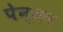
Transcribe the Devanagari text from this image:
पेन्कर